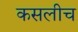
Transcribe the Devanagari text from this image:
कसलीच